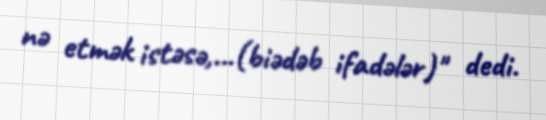
nə etmək istəsə,...(biədəb ifadələr)" dedi.